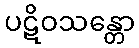
ပဋိဝသန္တော